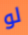
لو